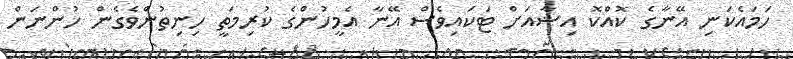
ހަމައެކަނި އޭނާގެ ކޮއްކޮ އިޝާއަށް ޓަކައިވެސް އޭނާ އެމީހުންގެ ކުރިމަތީ ހިނިތުންވެގެން ހުންނަން